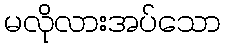
မလိုလားအပ်သော